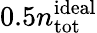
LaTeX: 0.5n_{\mathrm{tot}}^{\mathrm{ideal}}